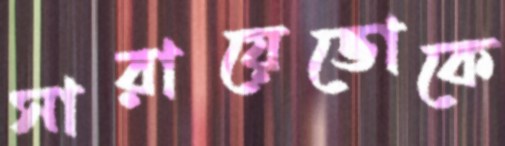
সারায়েভোকে